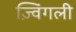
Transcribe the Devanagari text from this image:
ज़्विंगली